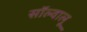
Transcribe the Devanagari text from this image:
सॉल्वालू